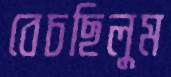
বেচছিলুম